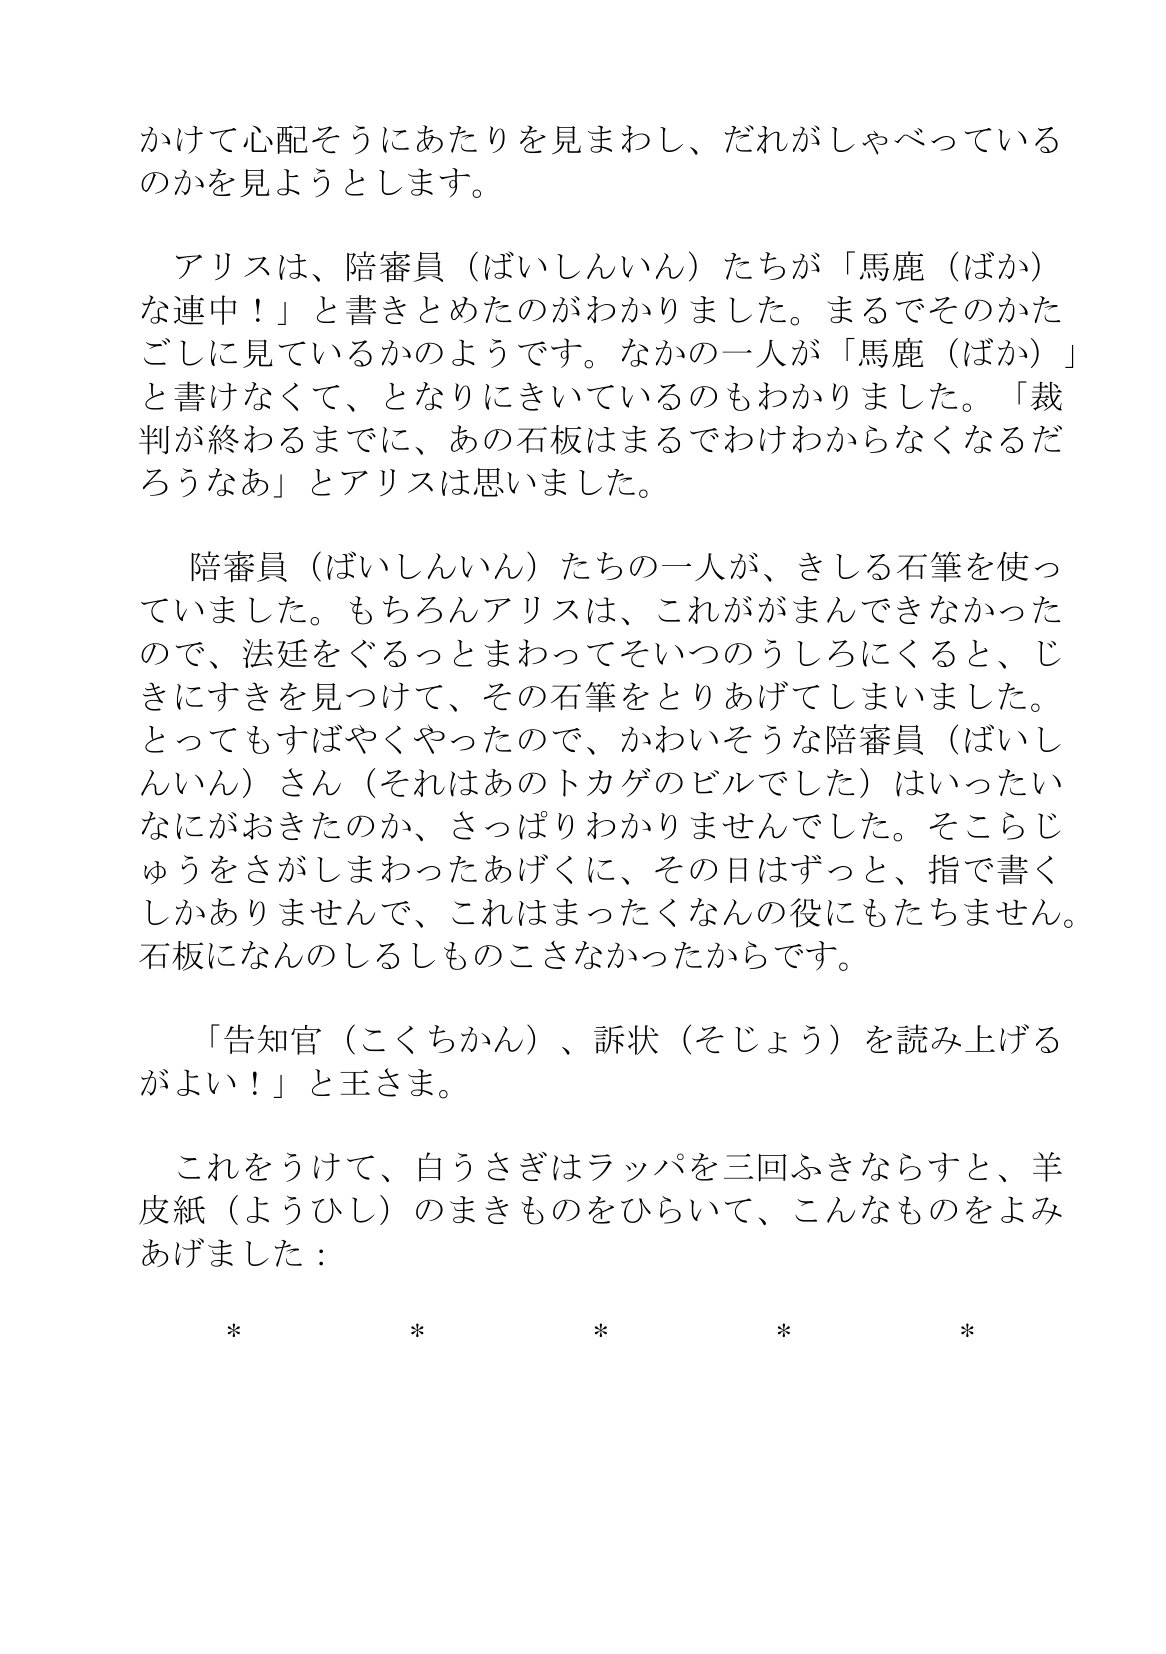
Language: ja